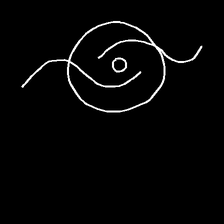
Glyph: repetition